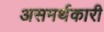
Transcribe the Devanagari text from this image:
असमर्थकारी